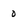
Character: 0